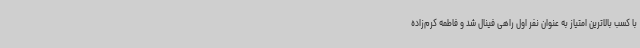
با کسب بالاترین امتیاز به عنوان نفر اول راهی فینال شد و فاطمه کرم‌زاده